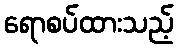
ရောစပ်ထားသည့်